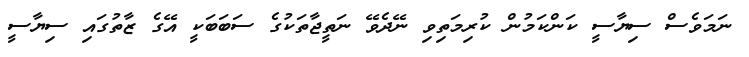
ނަމަވެސް ސިޔާސީ ކަންކަމުން ކުރިމަތިވި ނޭދެވޭ ނަތީޖާތަކުގެ ސަބަބަކީ އޭގެ ޒާތުގައި ސިޔާސީ